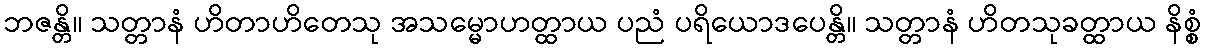
ဘဇန္တိ။ သတ္တာနံ ဟိတာဟိတေသု အသမ္မောဟတ္ထာယ ပညံ ပရိယောဒပေန္တိ။ သတ္တာနံ ဟိတသုခတ္ထာယ နိစ္စံ